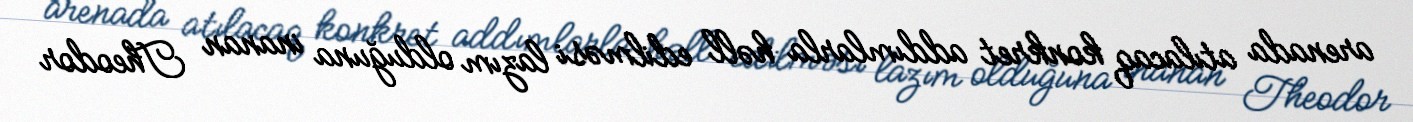
arenada atılacaq konkret addımlarla həll edilməsi lazım olduğuna inanan Theodor